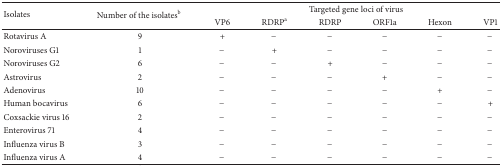
<table><thead><tr><td rowspan="2"><b>Isolates</b></td><td rowspan="2"><b>Number of the isolates<sup>b</sup></b></td><td colspan="6"><b>Targeted gene loci of virus</b></td></tr><tr><td><b>VP6</b></td><td><b>RDRP<sup>a</sup></b></td><td><b>RDRP</b></td><td><b>ORF1a</b></td><td><b>Hexon</b></td><td><b>VP1</b></td></tr></thead><tbody><tr><td>Rotavirus A</td><td>9</td><td>+</td><td>−</td><td>−</td><td>−</td><td>−</td><td>−</td></tr><tr><td>Noroviruses G1</td><td>1</td><td>−</td><td>+</td><td>−</td><td>−</td><td>−</td><td>−</td></tr><tr><td>Noroviruses G2</td><td>6</td><td>−</td><td>−</td><td>+</td><td>−</td><td>−</td><td>−</td></tr><tr><td>Astrovirus</td><td>2</td><td>−</td><td>−</td><td>−</td><td>+</td><td>−</td><td>−</td></tr><tr><td>Adenovirus </td><td>10</td><td>−</td><td>−</td><td>−</td><td>−</td><td>+</td><td>−</td></tr><tr><td>Human bocavirus</td><td>6</td><td>−</td><td>−</td><td>−</td><td>−</td><td>−</td><td>+</td></tr><tr><td>Coxsackie virus 16</td><td>2</td><td>−</td><td>−</td><td>−</td><td>−</td><td>−</td><td>−</td></tr><tr><td>Enterovirus 71</td><td>4</td><td>−</td><td>−</td><td>−</td><td>−</td><td>−</td><td>−</td></tr><tr><td>Influenza virus B</td><td>3</td><td>−</td><td>−</td><td>−</td><td>−</td><td>−</td><td>−</td></tr><tr><td>Influenza virus A</td><td>4</td><td>−</td><td>−</td><td>−</td><td>−</td><td>−</td><td>−</td></tr></tbody></table>